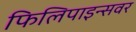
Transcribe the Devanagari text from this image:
फिलिपाइन्सवर